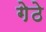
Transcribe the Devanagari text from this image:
गेठे